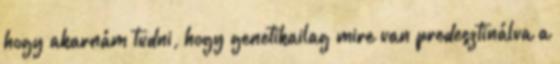
hogy akarnám tudni, hogy genetikailag mire van predesztinálva a